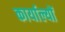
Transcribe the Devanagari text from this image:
कार्याल्यों